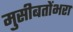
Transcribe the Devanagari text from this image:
मुसीबतोंभरा